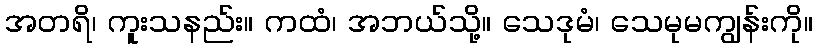
အတရိ၊ ကူးသနည်း။ ကထံ၊ အဘယ်သို့။ သေဒုမံ၊ သေမုမကျွန်းကို။